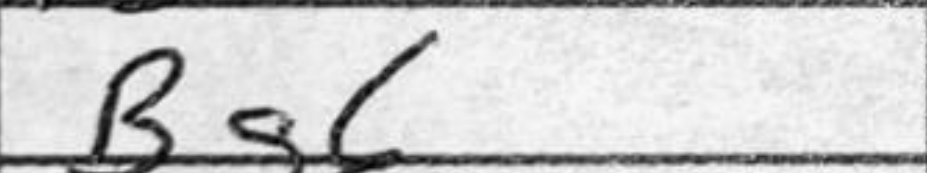
Transcription: Bg6